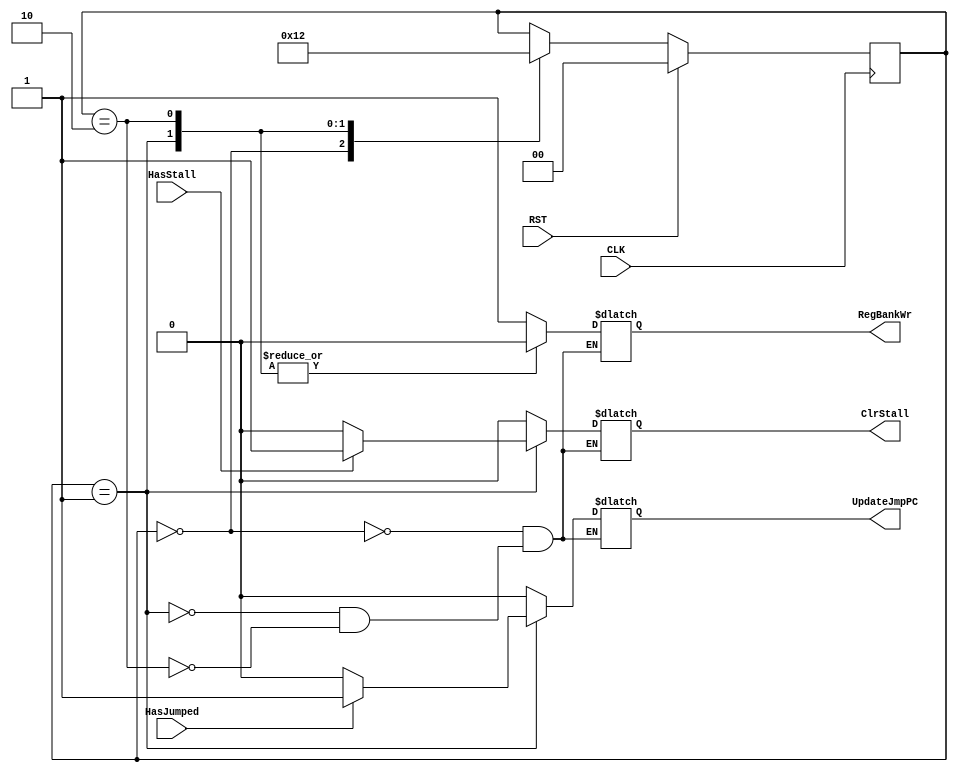
//							Iuri Silva Castro
//			Mestrando em Engenharia Eletrica - PPGEE
//			Universidade Federal de Minas Gerais - UFMG
//									2/2017

/*			Modulo de controle para o estagio de execucao

	Writeback responsavel por escrever o resultado da instrucao
	no banco de registradores
*/
module ControlWriteback(	CLK,
									RST,
									RegBankWr,
									ClrStall,
									HasJumped,
									HasStall,
									UpdateJmpPC);
	
	input CLK, RST;
	
	//-- Sinais Writeback
	output reg	RegBankWr;			// Sinal para escrever no banco de registradores
	output reg	ClrStall;			// Sinal para tirar decode do stall
	input			HasJumped;			// Sinal para indicar se houve ou nao o jump
	input			HasStall;			// Sinaliza que a maquina esta parada
	output reg	UpdateJmpPC;		// Sinal para atualizar o PC no jump
	
	reg [1:0] WriteBackState;		// Estado da maquina de writeback
											// 0: Escreve no banco
											// 1: idle
											// 2: Stall
	
	parameter WB0 = 2'b00, WB1 = 2'b01, WB2 = 2'b10;
	
	/* Maquina de estados para a Writeback */
	always @ (posedge CLK) begin
		if ( RST ) begin
			WriteBackState <= WB0;
		end
		else begin
			case (WriteBackState)
				WB0: WriteBackState <= WB1;
				WB1: WriteBackState <= WB0;
				WB2: WriteBackState <= WB2;
			endcase
		end
	end
	
	/* Sinais para mudancas nos estados de writeback */
	always @ (*) begin
		case (WriteBackState)
			WB0: begin
				// Grava no banco de registradores
				RegBankWr			<= 1'b1;
				ClrStall				<= 1'b0;
				UpdateJmpPC			<= 1'b0;
			end
			WB1: begin
				// Estado idle
				RegBankWr			<= 1'b0;
				if (HasStall) begin
					ClrStall				<= 1'b1;
				end
				else begin
					ClrStall				<= 1'b0;
				end
				if (HasJumped) begin
					UpdateJmpPC			<= 1'b1;
				end
				else begin
					UpdateJmpPC			<= 1'b0;
				end
			end
			WB2: begin
				// Stall
				RegBankWr			<= 1'b0;
				ClrStall				<= 1'b0;
				UpdateJmpPC			<= 1'b0;
			end
		endcase
	end
									
endmodule